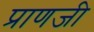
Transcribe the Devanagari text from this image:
प्राणजी